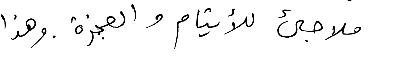
ملاجىء للأيتام والعجزة، وهذا